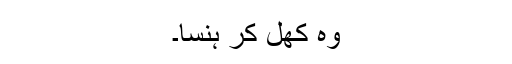
وہ کھل کر ہنسا۔